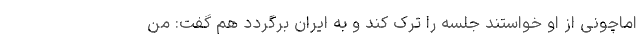
اماچونی از او خواستند جلسه را ترک کند و به ایران برگردد هم گفت: من